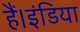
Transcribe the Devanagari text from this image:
हैं।इंडिया